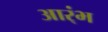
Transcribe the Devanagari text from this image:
आर्ंभ